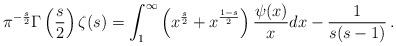
LaTeX: \begin{align*}\pi^{-\frac{s}{2}}\Gamma\left(\frac{s}{2}\right)\zeta(s) = \int_1^\infty\left( x^{\frac{s}{2}} + x^{\frac{1-s}{2}} \right) \frac{\psi(x)}{x}dx - \frac{1}{s(s-1)} \, . \end{align*}